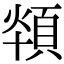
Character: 𩒪